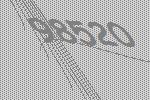
98520